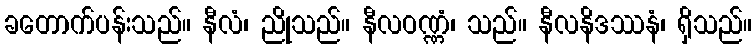
ခတောက်ပန်းသည်။ နီလံ၊ ညိုသည်။ နီလဝဏ္ဏံ၊ သည်။ နီလနိဒဿနံ၊ ရှိသည်။